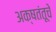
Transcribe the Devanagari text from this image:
अक्षतंतूचे